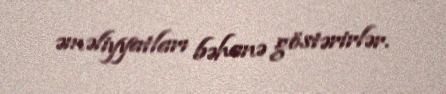
əməliyyatları bəhanə göstərirlər.